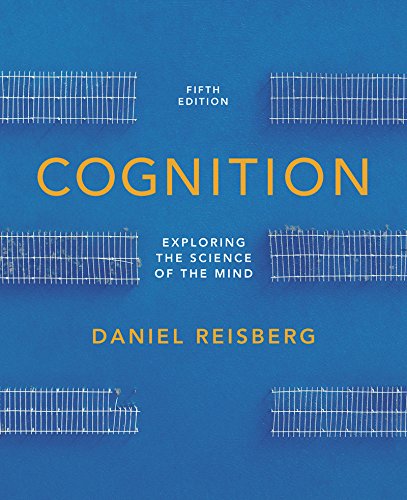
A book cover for Cognition: Exploring the Science of the Mind (Fifth Edition (with ZAPS and Cognition Workbook)); Daniel Reisberg; Medical Books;